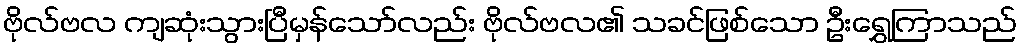
ဗိုလ်ဗလ ကျဆုံးသွားပြီမှန်သော်လည်း ဗိုလ်ဗလ၏ သခင်ဖြစ်သော ဦးရွှေကြာသည်